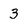
Character: 3